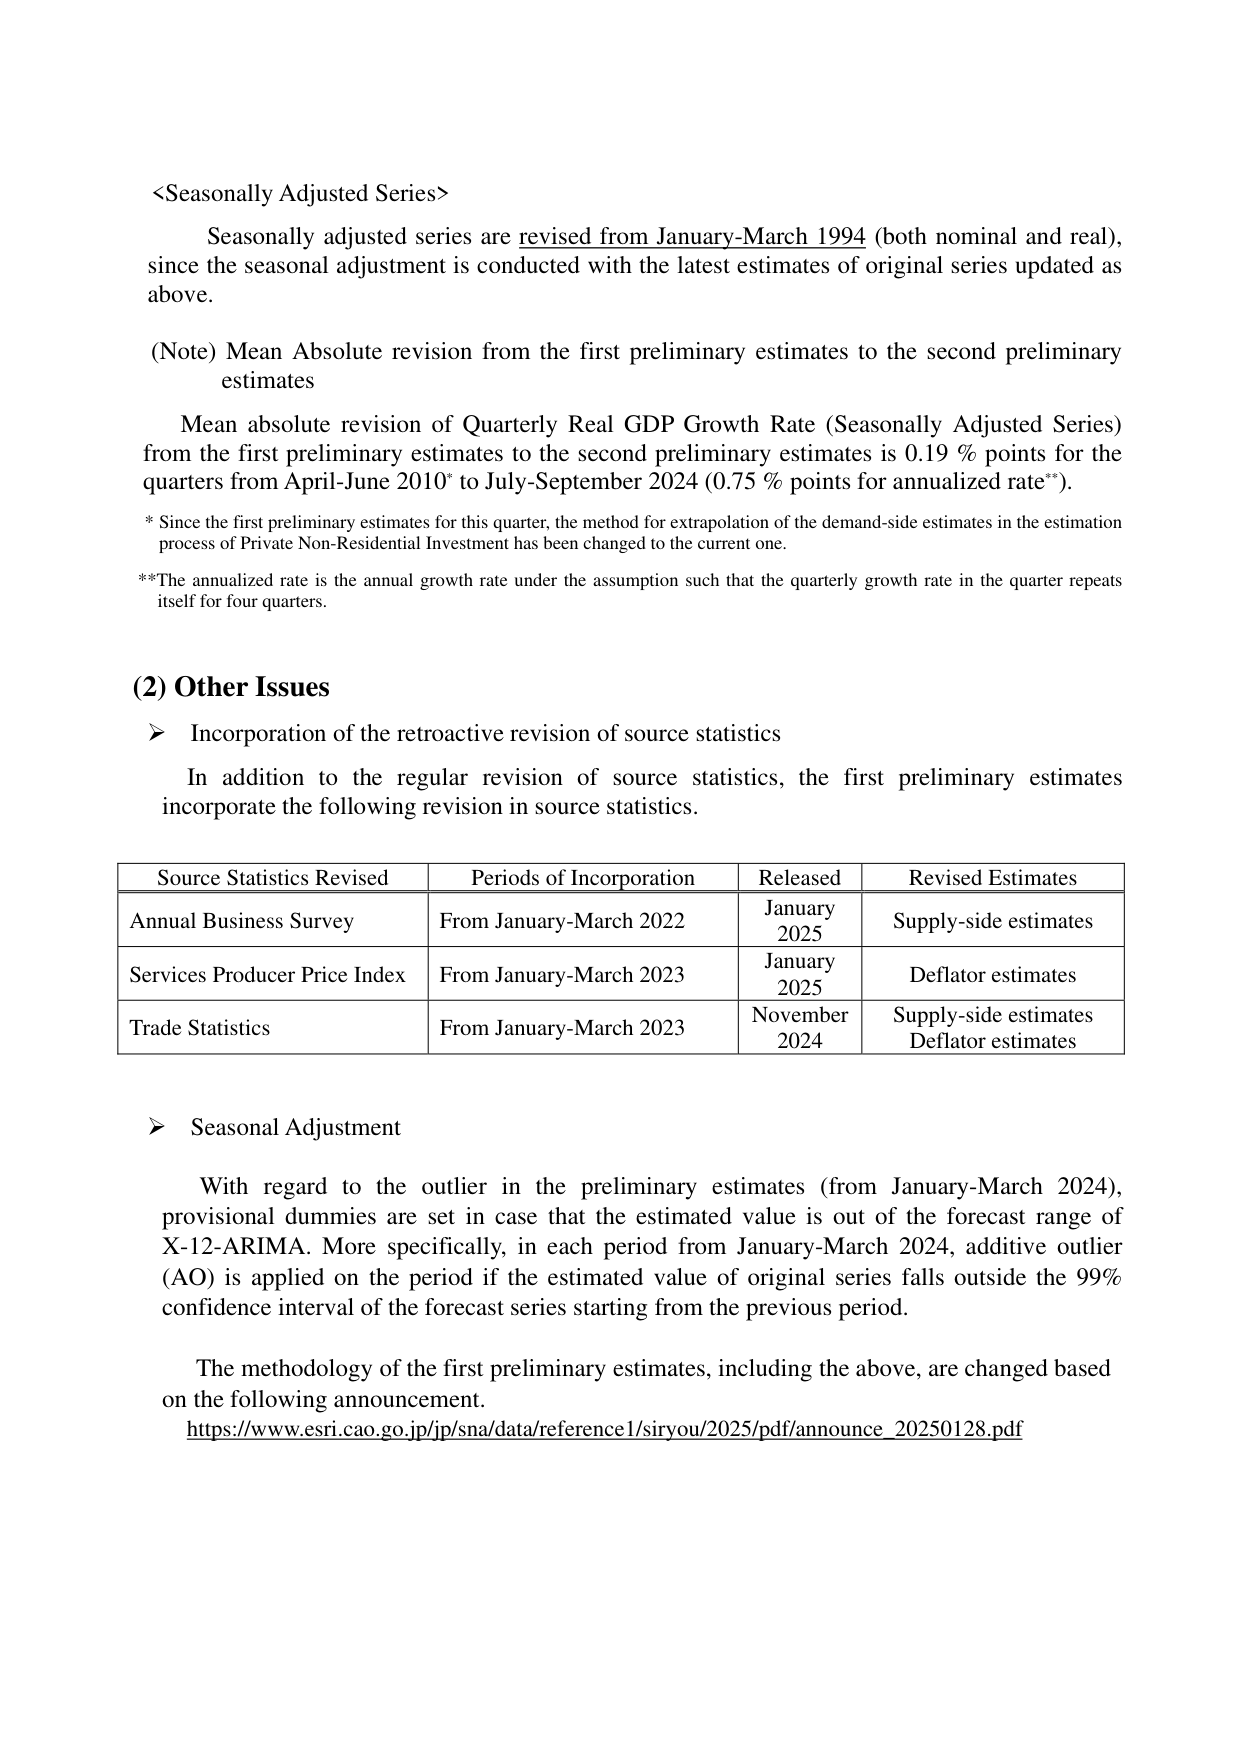
<Seasonally Adjusted Series>

Seasonally adjusted series are revised from January-March 1994 (both nominal and real), since the seasonal adjustment is conducted with the latest estimates of original series updated as above.

(Note) Mean Absolute revision from the first preliminary estimates to the second preliminary estimates

Mean absolute revision of Quarterly Real GDP Growth Rate (Seasonally Adjusted Series) from the first preliminary estimates to the second preliminary estimates is 0.19 % points for the quarters from April-June 2010* to July-September 2024 (0.75 % points for annualized rate**).

* Since the first preliminary estimates for this quarter, the method for extrapolation of the demand-side estimates in the estimation process of Private Non-Residential Investment has been changed to the current one.

**The annualized rate is the annual growth rate under the assumption such that the quarterly growth rate in the quarter repeats itself for four quarters.

(2) Other Issues

➤ Incorporation of the retroactive revision of source statistics

In addition to the regular revision of source statistics, the first preliminary estimates incorporate the following revision in source statistics.

| Source Statistics Revised | Periods of Incorporation | Released | Revised Estimates |
|---------------------------|--------------------------|----------|-------------------|
| Annual Business Survey    | From January-March 2022  | January 2025 | Supply-side estimates |
| Services Producer Price Index | From January-March 2023 | January 2025 | Deflator estimates |
| Trade Statistics          | From January-March 2023  | November 2024 | Supply-side estimates Deflator estimates |

➤ Seasonal Adjustment

With regard to the outlier in the preliminary estimates (from January-March 2024), provisional dummies are set in case that the estimated value is out of the forecast range of X-12-ARIMA. More specifically, in each period from January-March 2024, additive outlier (AO) is applied on the period if the estimated value of original series falls outside the 99% confidence interval of the forecast series starting from the previous period.

The methodology of the first preliminary estimates, including the above, are changed based on the following announcement.
https://www.esri.cao.go.jp/jp/sna/data/reference1/siryou/2025/pdf/announce_20250128.pdf